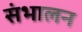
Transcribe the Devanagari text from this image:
संभालन